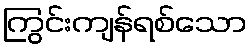
ကြွင်းကျန်ရစ်သော